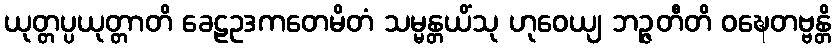
ယုတ္တပ္ပယုတ္တာတိ ခေဠဥဒကတေမိတံ သမ္မန္တယိံသု ဟုဝေယျ ဘဉ္ဇတီတိ ဝဍ္ဎေတဗ္ဗန္တိ